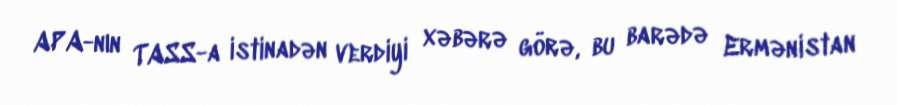
APA-nın TASS-a istinadən verdiyi xəbərə görə, bu barədə Ermənistan